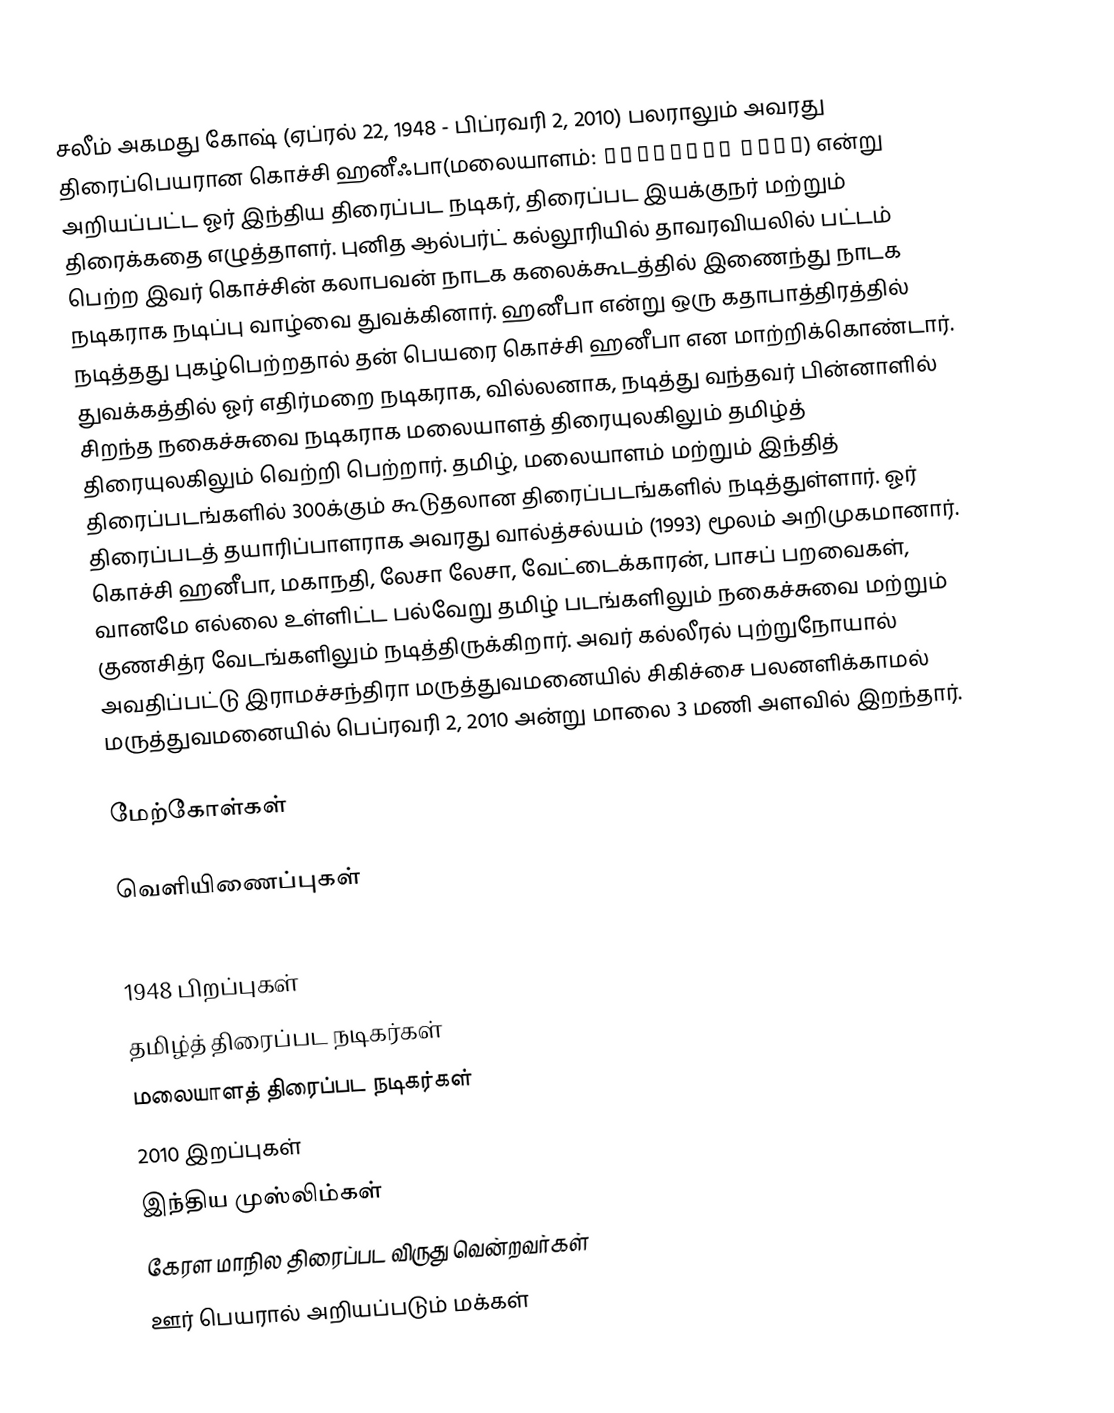
சலீம் அகமது கோஷ்  (ஏப்ரல் 22, 1948 - பிப்ரவரி 2, 2010) பலராலும் அவரது திரைப்பெயரான கொச்சி ஹனீஃபா(மலையாளம்:   കൊച്ചിന്   ഹനീഫ) என்று அறியப்பட்ட  ஓர் இந்திய திரைப்பட நடிகர், திரைப்பட இயக்குநர் மற்றும் திரைக்கதை எழுத்தாளர். புனித ஆல்பர்ட் கல்லூரியில் தாவரவியலில் பட்டம் பெற்ற இவர் கொச்சின் கலாபவன் நாடக கலைக்கூடத்தில் இணைந்து நாடக நடிகராக நடிப்பு வாழ்வை துவக்கினார். ஹனீபா என்று ஒரு கதாபாத்திரத்தில் நடித்தது புகழ்பெற்றதால் தன் பெயரை கொச்சி ஹனீபா என மாற்றிக்கொண்டார். துவக்கத்தில் ஓர் எதிர்மறை நடிகராக, வில்லனாக, நடித்து வந்தவர் பின்னாளில் சிறந்த நகைச்சுவை நடிகராக மலையாளத் திரையுலகிலும் தமிழ்த் திரையுலகிலும் வெற்றி பெற்றார். தமிழ், மலையாளம் மற்றும் இந்தித் திரைப்படங்களில் 300க்கும் கூடுதலான திரைப்படங்களில் நடித்துள்ளார். ஓர் திரைப்படத் தயாரிப்பாளராக அவரது வால்த்சல்யம் (1993) மூலம்  அறிமுகமானார். கொச்சி ஹனீபா, மகாநதி, லேசா லேசா, வேட்டைக்காரன், பாசப் பறவைகள், வானமே எல்லை உள்ளிட்ட பல்வேறு  தமிழ் படங்களிலும் நகைச்சுவை மற்றும் குணசித்ர வேடங்களிலும் நடித்திருக்கிறார். அவர் கல்லீரல் புற்றுநோயால் அவதிப்பட்டு இராமச்சந்திரா மருத்துவமனையில் சிகிச்சை பலனளிக்காமல் மருத்துவமனையில் பெப்ரவரி 2, 2010 அன்று மாலை 3 மணி அளவில் இறந்தார்.

மேற்கோள்கள்

வெளியிணைப்புகள்

1948 பிறப்புகள்
தமிழ்த் திரைப்பட நடிகர்கள்
மலையாளத் திரைப்பட நடிகர்கள்
2010 இறப்புகள்
இந்திய முஸ்லிம்கள்
கேரள மாநில திரைப்பட விருது வென்றவர்கள்
ஊர் பெயரால் அறியப்படும் மக்கள்